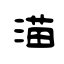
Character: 渵